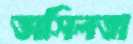
অসিলতা